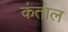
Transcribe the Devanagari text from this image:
कंताल